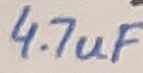
Text: 4.7uF